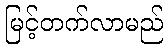
မြင့်တက်လာမည်